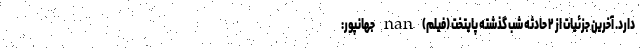
دارد. آخرین جزئیات از ۲ حادثه شب گذشته پایتخت (فیلم) nan جهانپور: